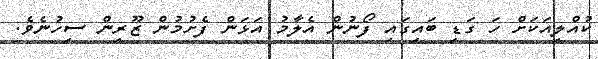
ކުއްލިއަކަށް ހަ ގަޑި ބައިގައި ފޯނުން އެލާމު އަޅަން ފެށުމުން ޒޫރިން ސިހުނެވެ.